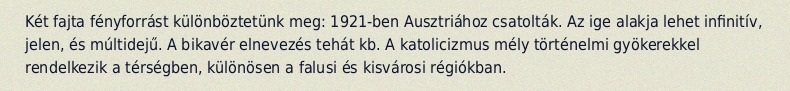
Két fajta fényforrást különböztetünk meg: 1921-ben Ausztriához csatolták. Az ige alakja lehet infinitív, jelen, és múltidejű. A bikavér elnevezés tehát kb. A katolicizmus mély történelmi gyökerekkel rendelkezik a térségben, különösen a falusi és kisvárosi régiókban.